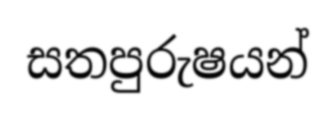
සතපුරුෂයන්